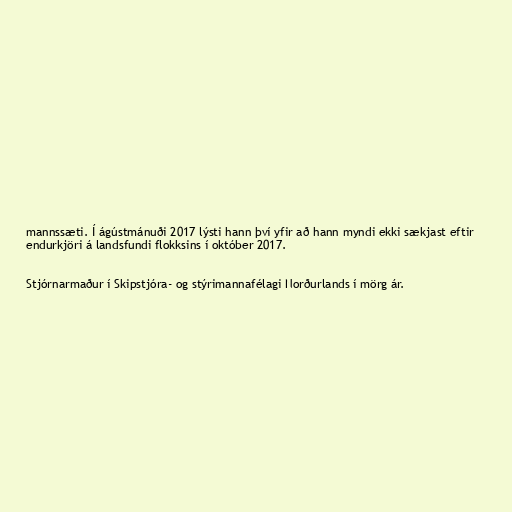
mannssæti. Í ágústmánuði 2017 lýsti hann því yfir að hann myndi ekki sækjast eftir
endurkjöri á landsfundi flokksins í október 2017.

Stjórnarmaður í Skipstjóra- og stýrimannafélagi Norðurlands í mörg ár.